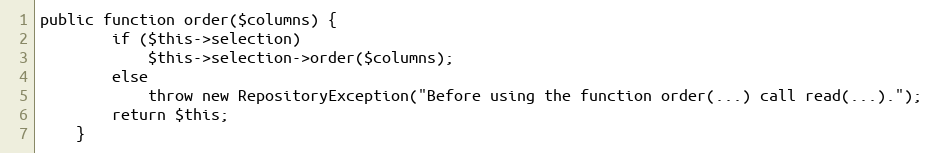
Language: PHP
public function order($columns) {
		if ($this->selection)
			$this->selection->order($columns);
		else
			throw new RepositoryException("Before using the function order(...) call read(...).");
		return $this;
	}